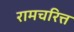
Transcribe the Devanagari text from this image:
रामचरित्त